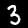
Label: 3